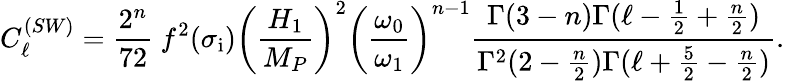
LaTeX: C_{\ell}^{(SW)}=\frac{2^{n}}{72}~f^{2}(\sigma_{\mathrm{i}})\biggl(\frac{H_{1}}{M_{P}}\biggr)^{2}\biggl(\frac{\omega_{0}}{\omega_{1}}\biggr)^{n-1}\frac{\Gamma(3-n)\Gamma(\ell-\frac{1}{2}+\frac{n}{2})}{\Gamma^{2}(2-\frac{n}{2})\Gamma(\ell+\frac{5}{2}-\frac{n}{2})}.